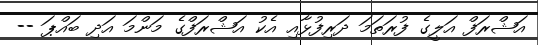
އަޝްރަފް އަލީގެ ފުރަތަމަ ދަރިފުޅާއި އެކު އަޝްރަފްގެ މަންމަ އަދި ބައްޕަ --